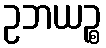
ဥဘယဉ္စ